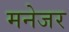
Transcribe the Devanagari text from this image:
मनेजर